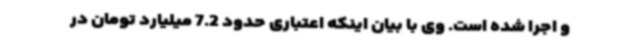
و اجرا شده است. وی با بیان اینکه اعتباری حدود 7.2 میلیارد تومان در